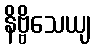
နိဗ္ဗိသေယျ